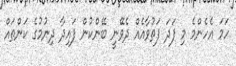
ހަމަ އެހެންމެ މި ފަދަ ފަތުވާއެއް ދެވޭނީ ބޭންކުން ފައިދާ ދިނުމުގެ ކަންތައް